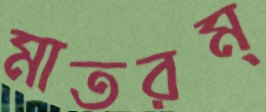
মাতরম্